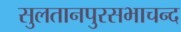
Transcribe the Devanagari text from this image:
सुलतानपुरसभाचन्द